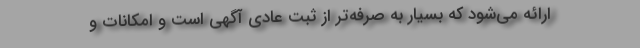
ارائه می‌شود که بسیار به صرفه‌تر از ثبت عادی آگهی است و امکانات و